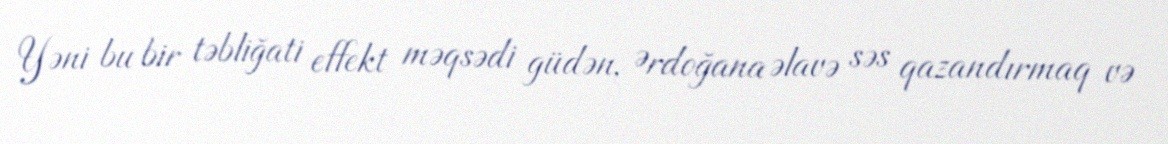
Yəni bu bir təbliğati effekt məqsədi güdən, Ərdoğana əlavə səs qazandırmaq və